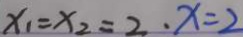
x _ { 1 } = x _ { 2 } = 2 , x = 2